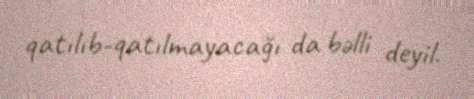
qatılıb-qatılmayacağı da bəlli deyil.